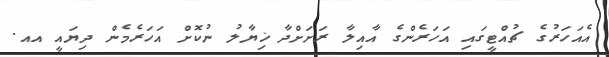
އެއަހަރުގެ ޗުއްޓީގައި އަހަރެންގެ އާއިލާ ރަށަށްދާ ޚިޔާލު ނުކޮށް އަހަރެމެން ދިޔައީ އއ.